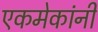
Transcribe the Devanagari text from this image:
एकमेकांनी